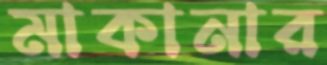
মাকানার